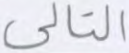
التالي